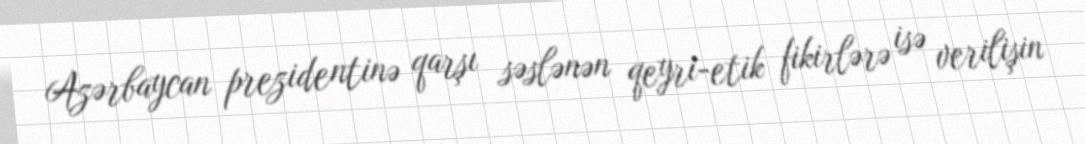
Azərbaycan prezidentinə qarşı səslənən qeyri-etik fikirlərə isə verilişin